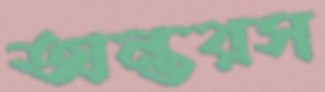
অন্তরস